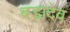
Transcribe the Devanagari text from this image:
बड़ादेव